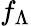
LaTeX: f_{\Lambda}